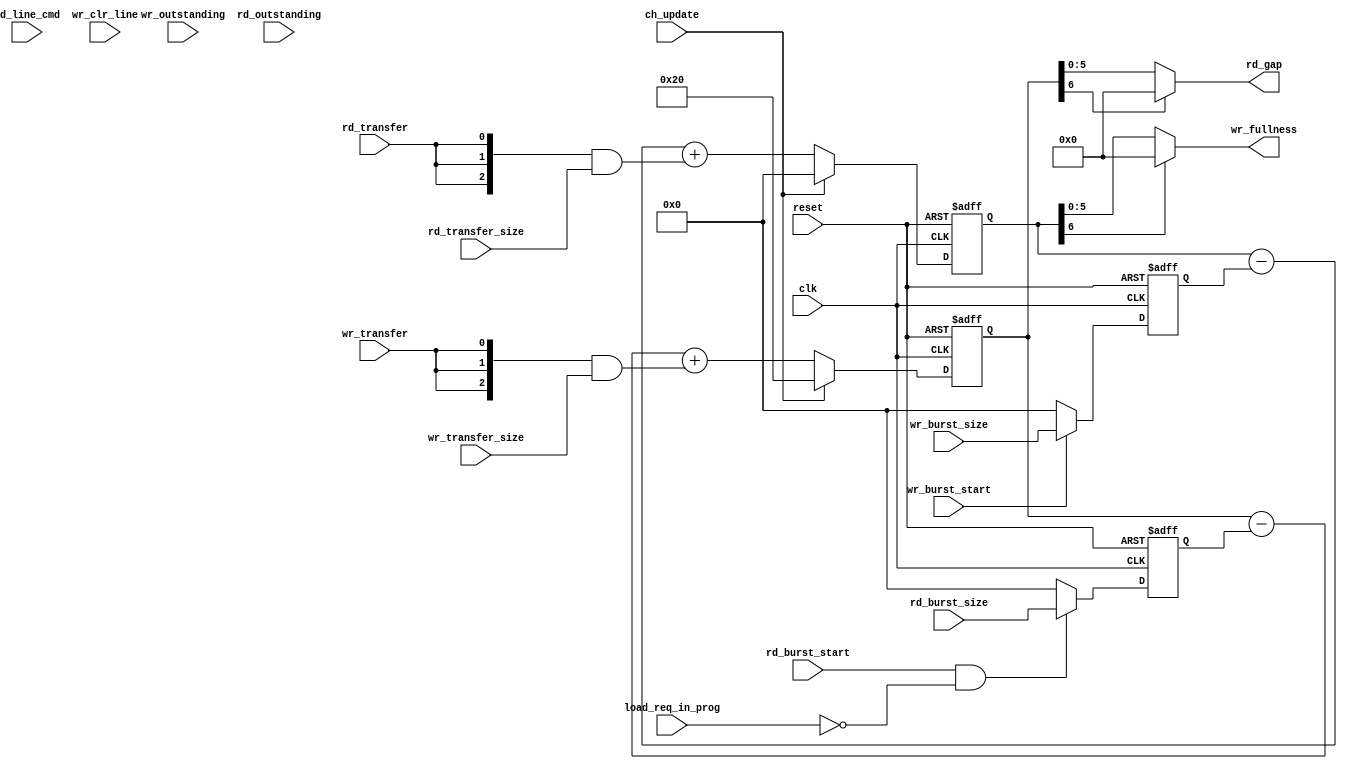
/////////////////////////////////////////////////////////////////////
////                                                             ////
////          eyal@provartec.com                                 ////
////                                                             ////
////  Downloaded from: http://www.opencores.org                  ////
/////////////////////////////////////////////////////////////////////
////                                                             ////
//// Copyright (C) 2010 Provartec LTD                            ////
//// www.provartec.com                                           ////
//// info@provartec.com                                          ////
////                                                             ////
//// This source file may be used and distributed without        ////
//// restriction provided that this copyright statement is not   ////
//// removed from the file and that any derivative work contains ////
//// the original copyright notice and the associated disclaimer.////
////                                                             ////
//// This source file is free software; you can redistribute it  ////
//// and/or modify it under the terms of the GNU Lesser General  ////
//// Public License as published by the Free Software Foundation.////
////                                                             ////
//// This source is distributed in the hope that it will be      ////
//// useful, but WITHOUT ANY WARRANTY; without even the implied  ////
//// warranty of MERCHANTABILITY or FITNESS FOR A PARTICULAR     ////
//// PURPOSE.  See the GNU Lesser General Public License for more////
//// details. http://www.gnu.org/licenses/lgpl.html              ////
////                                                             ////
/////////////////////////////////////////////////////////////////////
//---------------------------------------------------------
//-- File generated by RobustVerilog parser
//-- Version: 1.0
//-- Invoked Fri Mar 25 23:31:24 2011
//--
//-- Source file: dma_ch_remain.v
//---------------------------------------------------------



module dma_ahb32_core0_ch_remain(clk,reset,ch_update,wr_outstanding,rd_outstanding,load_req_in_prog,rd_line_cmd,rd_burst_start,rd_burst_size,rd_transfer,rd_transfer_size,wr_clr_line,wr_burst_start,wr_burst_size,wr_transfer,wr_transfer_size,rd_gap,wr_fullness);

   input                    clk;
   input             reset;

   input             ch_update;
   input             wr_outstanding;
   input             rd_outstanding;
   input             load_req_in_prog;
   
   input             rd_line_cmd;
   input             rd_burst_start; 
   input [7-1:0]   rd_burst_size; 
   input             rd_transfer;
   input [3-1:0]    rd_transfer_size;
   
   input             wr_clr_line;
   input             wr_burst_start;
   input [7-1:0]   wr_burst_size;  
   input             wr_transfer;
   input [3-1:0]    wr_transfer_size;
   
   output [5:0]     rd_gap;
   output [5:0]     wr_fullness; 
   


   wire             rd_line_cmd_valid;
   reg [5+1:0]         rd_gap_reg; //signed
   reg [5+1:0]         wr_fullness_reg; //signed

   wire             rd_burst_qual;
   wire             wr_burst_qual;
   reg [7-1:0]     rd_burst_size_valid; 
   wire [3-1:0]     rd_transfer_size_valid;
   wire [3-1:0]     wr_transfer_size_valid;
   reg [7-1:0]     wr_burst_size_valid; 



   
   assign             rd_line_cmd_valid = rd_line_cmd & rd_burst_start;
   
   assign             rd_burst_qual = rd_burst_start & (~load_req_in_prog);
   assign             wr_burst_qual = wr_burst_start;
   
   always @(posedge clk or posedge reset)
     if (reset)
       rd_burst_size_valid <= #1 {7{1'b0}};
     else if (rd_burst_qual)
       rd_burst_size_valid <= #1 rd_burst_size;
     else
       rd_burst_size_valid <= #1 {7{1'b0}};
   
   always @(posedge clk or posedge reset)
     if (reset)
       wr_burst_size_valid <= #1 {7{1'b0}};
     else if (wr_burst_qual)
       wr_burst_size_valid <= #1 wr_burst_size;
     else
       wr_burst_size_valid <= #1 {7{1'b0}};
   
   assign             rd_transfer_size_valid = {3{rd_transfer}} & rd_transfer_size;
   assign             wr_transfer_size_valid = {3{wr_transfer}} & wr_transfer_size;
   
   
   //for rd bursts
   always @(posedge clk or posedge reset)
     if (reset)
       rd_gap_reg <= #1 {1'b0, 1'b1, {5{1'b0}}};
     else if (ch_update)
       rd_gap_reg <= #1 {1'b0, 1'b1, {5{1'b0}}};
     else
       rd_gap_reg <= #1 rd_gap_reg - 
             rd_burst_size_valid +
             wr_transfer_size_valid;
   
   
   assign rd_gap = rd_gap_reg[5+1] ? 'd0 : rd_gap_reg[5:0];

   
   //for wr bursts
   always @(posedge clk or posedge reset)
     if (reset)
       wr_fullness_reg <= #1 {5+1{1'b0}};
     else if (ch_update)
       wr_fullness_reg <= #1 {5+1{1'b0}};
     else
       wr_fullness_reg <= #1 wr_fullness_reg -
              wr_burst_size_valid +
              rd_transfer_size_valid; 

   
   assign wr_fullness = wr_fullness_reg[5+1] ? 'd0 : wr_fullness_reg[5:0];
   
endmodule